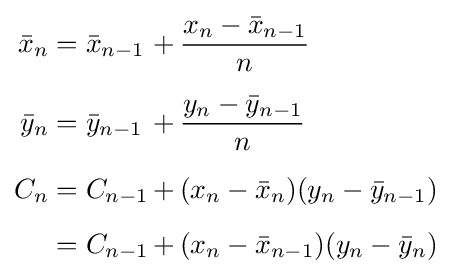
{\begin{alignedat}{2}{\bar {x}}_{n}&={\bar {x}}_{n-1}&\,+\,&{\frac {x_{n}-{\bar {x}}_{n-1}}{n}}\\[5pt]{\bar {y}}_{n}&={\bar {y}}_{n-1}&\,+\,&{\frac {y_{n}-{\bar {y}}_{n-1}}{n}}\\[5pt]C_{n}&=C_{n-1}&\,+\,&(x_{n}-{\bar {x}}_{n})(y_{n}-{\bar {y}}_{n-1})\\[5pt]&=C_{n-1}&\,+\,&(x_{n}-{\bar {x}}_{n-1})(y_{n}-{\bar {y}}_{n})\end{alignedat}}